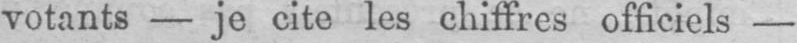
votants - je cite les chiffres officiels -